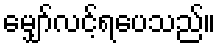
မျှော်လင့်ရပေသည်။